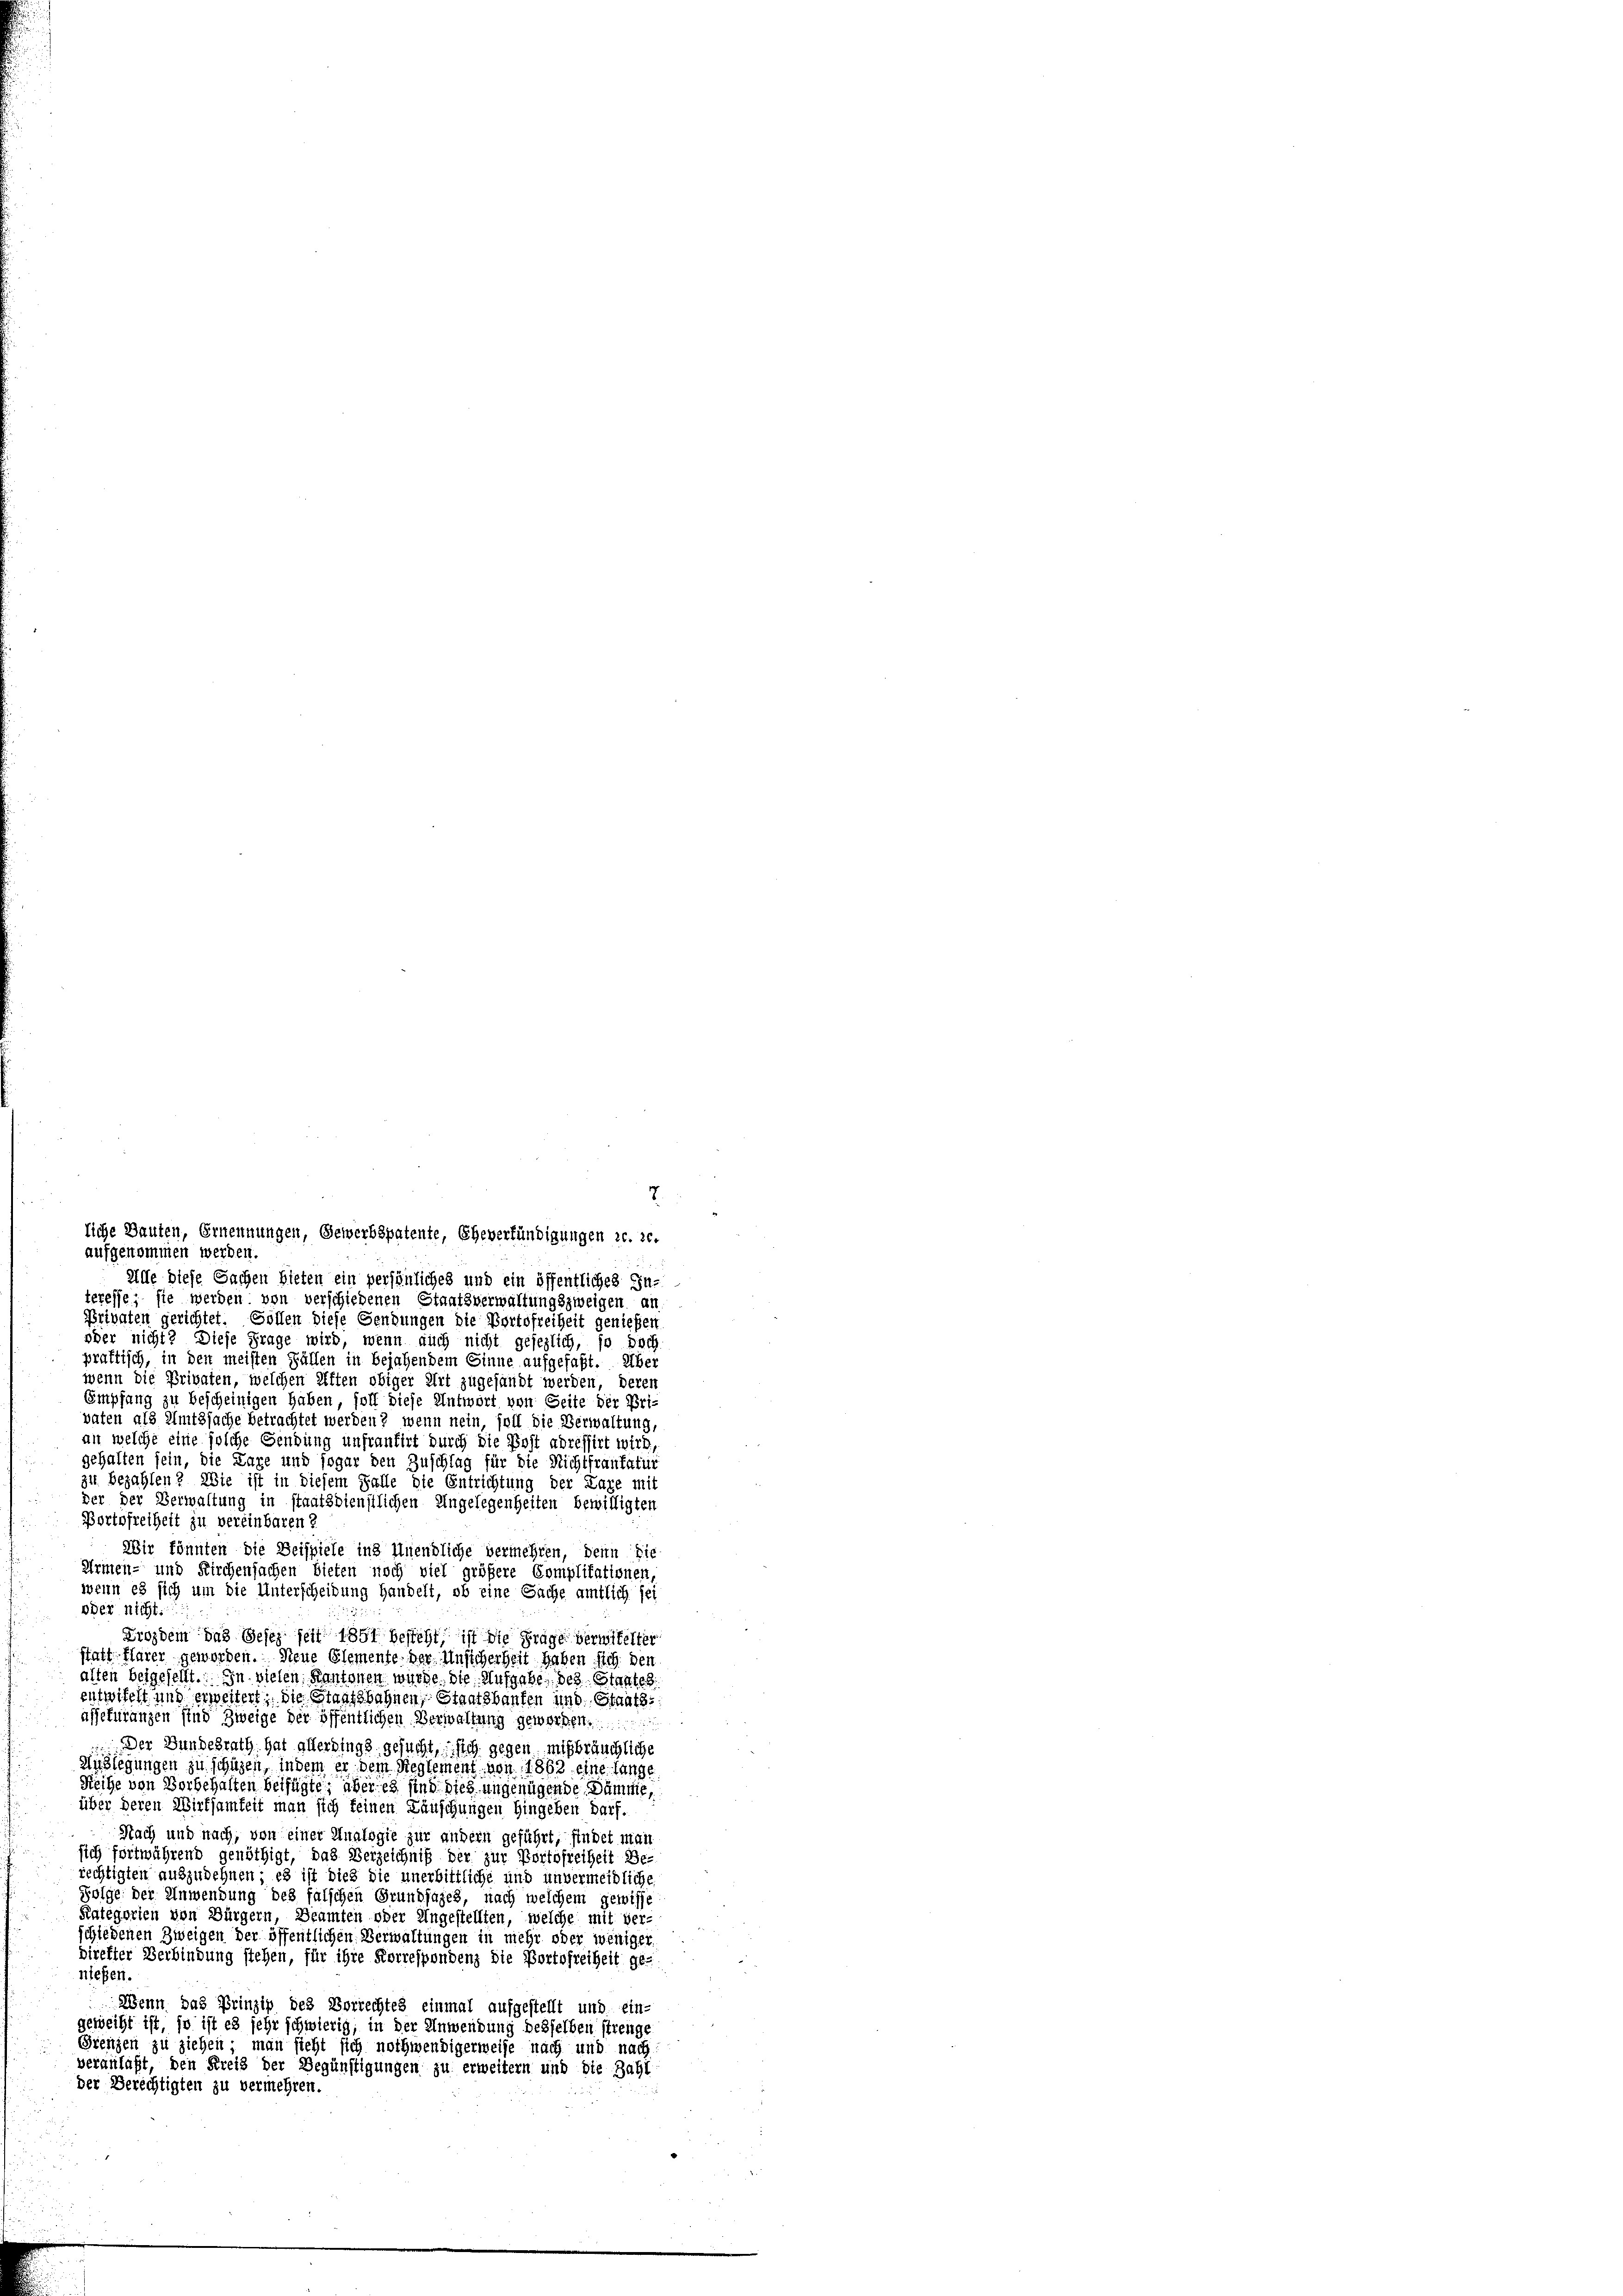
aufgenommen werden.
Alle diese Sachen bieten ein persönliches und ein öffentliches In-
teresse, sie werden von verschiedenen Staatsverwaltungszweigen an
Privaten gerichtet. Gollen diese Sendungen die Portofreiheit genießen
oder nicht? Diese Frage wird, wenn auch nicht gesezlich, so doch
prattisch, in den meisten Fällen in bejahendem Sinne aufgefaßt. Über
wenn die Privaten, welchen Kiften obiger Art zugesandt werden, deren
Empfang zu bescheinigen haben, soll diese Antwort von Seite der Pri-
vaten als Amtssache betrachtet werden? wenn nein, soll die Verwaltung,
an welche eine solche Gendung unfrantirt durch die Post adressirt wird,
gehalten sein, die Lage und sogar den Zuschlag für die Nichtfrankatur
zu bezahlen? Wie ist in diesem Falle die Entrichtung der Lage mit
der der Verwaltung in staatsdienstlichen Angelegenheiten bewilligten
Bortofreiheit zu vereinbaren ?
Wir könnten die Beispiele ins Unendliche vermehren, denn die
Armen- und Kirchensachen bieten noch viel größere Complitationen,
wenn es sich um die Unterscheidung handelt, ob eine Sache amtlich sei
oder nicht.
Drozdem das Gesez seit 1851 besteht, ist die Frage verwitelter
statt klarer geworden. Neue Elemente der Unsicherheit haben sich den
alten beigesellt. In vielen Kantonen würde. Die Aufgabe, des Staates
entwifelt und erweitert; die Staatsbahnen, Staatsbauten und Staats
afsefurungen sind Zweige der öffentlichen Verwaltung geworden.
Der Bundesrath hat allerdings gesucht, sich gegen mißbräuchliche
Auslegungen zu schützen, indem er dem Reglement von 1863 eine lange
Reihe von Vorbehalten beifügte, über es sind dies ungenügende Dämme,
über deren Wirtsamkeit man sich keinen Läuschungen hingeben darf.
Nach und nach, von einer Analogie zur andern geführt, findet man
sich fortwährend genöthigt, das Verzeichniß der zur Portofreiheit Be-
rechtigten auszudehnen; es ist dies die unerbittliche und unvermeidliche
Folge der Anwendung des falschen Grundsazes, nach welchem gewisse
Kategorien von Bürgern, Beamten oder Ungestellten, welche mit ver-
schiedenen Zweigen der öffentlichen Verwaltungen in mehr oder weniger
direkter Verbindung stehen, für ihre Korrespondenz die Portofreiheit ge-
nlesen.
Wenn das Prinzip des Vorrechtes einmal aufgestellt und ein-
geweiht ist, so ist es sehr schwierig; in der Anwendung desselben streng,
Grenzen zu ziehen, man sicht sich nothwendigerweise nach und nach
veranlaßt, den Kreis der Begünstigungen zu erweitern und die Zahl
der Berechtigten zu vermehren.

liche Bauten, Ernennungen, Gewerbspatente, Eheverfündigungen c. 20.

7.